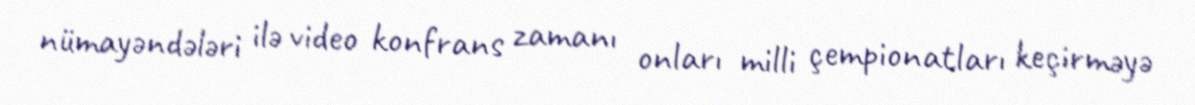
nümayəndələri ilə video konfrans zamanı onları milli çempionatları keçirməyə